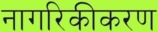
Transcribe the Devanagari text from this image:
नागरिकीकरण